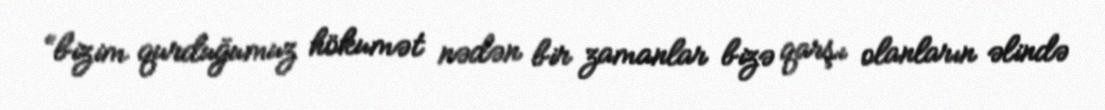
“bizim qurduğumuz hökumət nədən bir zamanlar bizə qarşı olanların əlində